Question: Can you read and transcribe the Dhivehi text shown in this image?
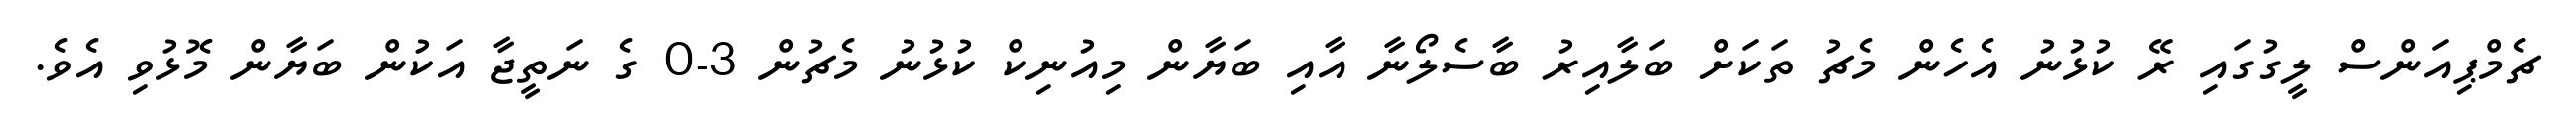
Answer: ޗެމްޕިއަންސް ލީގުގައި ރޭ ކުޅުނު އެހެން މެޗު ތަކަށް ބަލާއިރު ބާސެލޯނާ އާއި ބަޔާން މިއުނިކް ކުޅުނު މެޗުން 3-0 ގެ ނަތީޖާ އަކުން ބަޔާން މޮޅުވި އެވެ.